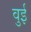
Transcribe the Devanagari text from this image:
वुई